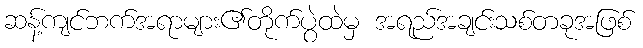
ဆန့်ကျင်ဘက်အရာများ၏တိုက်ပွဲထဲမှ အရည်အချင်းသစ်တခုအဖြစ်